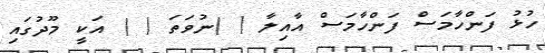
ހުޅު ފަންހާމަސް ފަންހާމަސް އާއިލާ ( )ނުވަތަ ( ) އަކީ މޫދުގައި